Leaving Certificate Examination, 1903
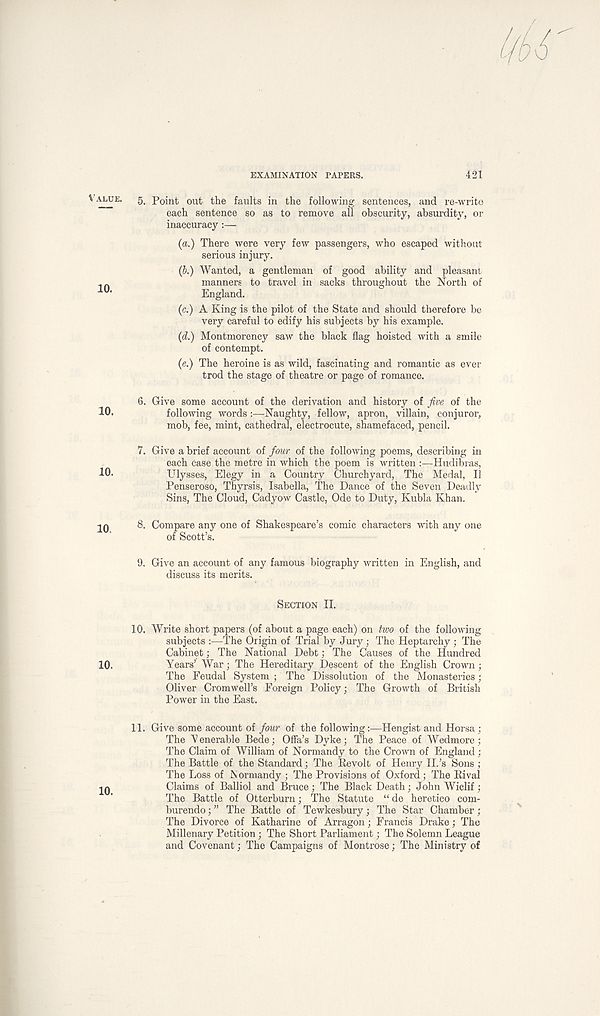
EXAMINATION PAPERS.
421
VALUE.
gt p0int out the faults in the following sentences, and re-write
each sentence so as to remove all obscurity, absurdity, or
inaccuracy :—
(a.) There were very few passengers, who escaped without
serious injury.
(b.) Wanted, a gentleman of good ability and pleasant
manners to travel in sacks throughout the North of
m
England.
(c.) A King is the pilot of the State and should therefore be
very careful to edify his subjects by his example.
(d.) Montmorency saw the black flag hoisted with a smile
of contempt.
(e.) The heroine is as wild, fascinating and romantic as ever-
trod the stage of theatre or page of romance.
6. Give some account of the derivation and history of five of the
10.
following words
Naughty, fellow, apron, villain, conjuror,
mob, fee, mint, cathedral, electrocute, shamefaced, pencil.
7. Give a brief account of four of the following poems, describing in
each case the metre in which the poem is written :—Hudibras,
10.
Ulysses, Elegy in a Country Churchyard, The Medal, II
Penseroso, Thyrsis, Isabella, The Dance of the Seven Deadly
Sins, The Cloud, Cadyow Castle, Ode to Duty, Kubla Khan.
20
8. Compare any one of Shakespeare’s comic characters with any one
of Scott’s.
9. Give an account of any famous biography written in English, and
discuss its merits.
SECTION II.
10. Write short papers (of about a page each) on two of the following
subjects :—The Origin of Trial by Jury; The Heptarchy ; The
Cabinet; The National Debt; The Causes of the Hundred
10.
Years’ War; The Hereditary Descent of the English Crown ;
The Feudal System ; The Dissolution of the Monasteries;
Oliver Cromwell’s Foreign Policy; The Growth of British
Power in the East.
11. Give some account of four of the following:—Hengist and Horsa ;
The Yenerable Bede; Offa’s Dyke; The Peace of Wedmore ;
The Claim of William of Normandy to the Crown of England ;
The Battle of the Standard; The Kevolt of Henry IP’s Sons ;
The Loss of Normandy ; The Provisions of Oxford; The Rival
2Q
Claims of Balliol and Bruce ; The Black Death; John Wiclif ;
The Battle of Otterburn; The Statute “ de heretic© com-
burendo; ” The Battle of Tewkesbury; The Star Chamber ;
The Divorce of Katharine of Arragon; Francis Drake; The
Millenary Petition; The Short Parliament; The Solemn League
and Covenant; The Campaigns of Montrose; The Ministry of